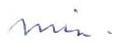
min.